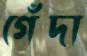
গেঁদা